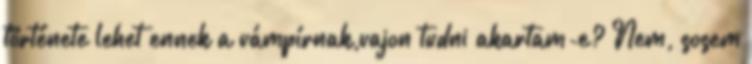
története lehet ennek a vámpírnak,vajon tudni akartam-e? Nem, sosem